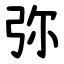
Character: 弥